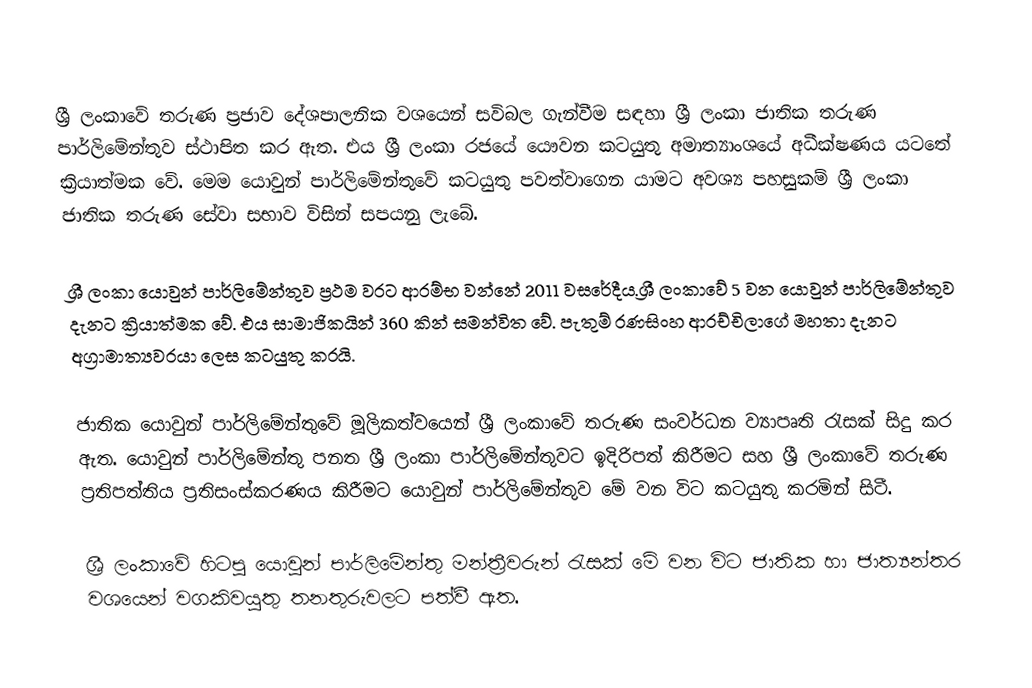
ශ්‍රී ලංකාවේ තරුණ ප්‍රජාව දේශපාලනික වශයෙන් සවිබල ගැන්වීම සඳහා ශ්‍රී ලංකා ජාතික තරුණ පාර්ලිමේන්තුව ස්ථාපිත කර ඇත. එය ශ්‍රී ලංකා රජයේ යෞවන කටයුතු අමාත්‍යාංශයේ අධීක්ෂණය යටතේ ක්‍රියාත්මක වේ. මෙම යොවුන් පාර්ලිමේන්තුවේ කටයුතු පවත්වාගෙන යාමට අවශ්‍ය පහසුකම් ශ්‍රී ලංකා ජාතික තරුණ සේවා සභාව විසින් සපයනු ලැබේ.

ශ්‍රී ලංකා යොවුන් පාර්ලිමේන්තුව ප්‍රථම වරට ආරම්භ වන්නේ 2011 වසරේදීය.ශ්‍රී ලංකාවේ 5 වන යොවුන් පාර්ලිමේන්තුව දැනට ක්‍රියාත්මක වේ. එය සාමාජිකයින් 360 කින් සමන්විත වේ. පැතුම් රණසිංහ ආරච්චිලාගේ මහතා දැනට අග්‍රාමාත්‍යවරයා ලෙස කටයුතු කරයි.

ජාතික යොවුන් පාර්ලිමේන්තුවේ මූලිකත්වයෙන් ශ්‍රී ලංකාවේ තරුණ සංවර්ධන ව්‍යාපෘති රැසක් සිදු කර ඇත. යොවුන් පාර්ලිමේන්තු පනත ශ්‍රී ලංකා පාර්ලිමේන්තුවට ඉදිරිපත් කිරීමට සහ ශ්‍රී ලංකාවේ තරුණ ප්‍රතිපත්තිය ප්‍රතිසංස්කරණය කිරීමට යොවුන් පාර්ලිමේන්තුව මේ වන විට කටයුතු කරමින් සිටී.

ශ්‍රී ලංකාවේ හිටපු යොවුන් පාර්ලිමේන්තු මන්ත්‍රීවරුන් රැසක් මේ වන විට ජාතික හා ජාත්‍යන්තර වශයෙන් වගකිවයුතු තනතුරුවලට පත්වී ඇත.